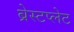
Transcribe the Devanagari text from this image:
ब्रेस्टप्लेट